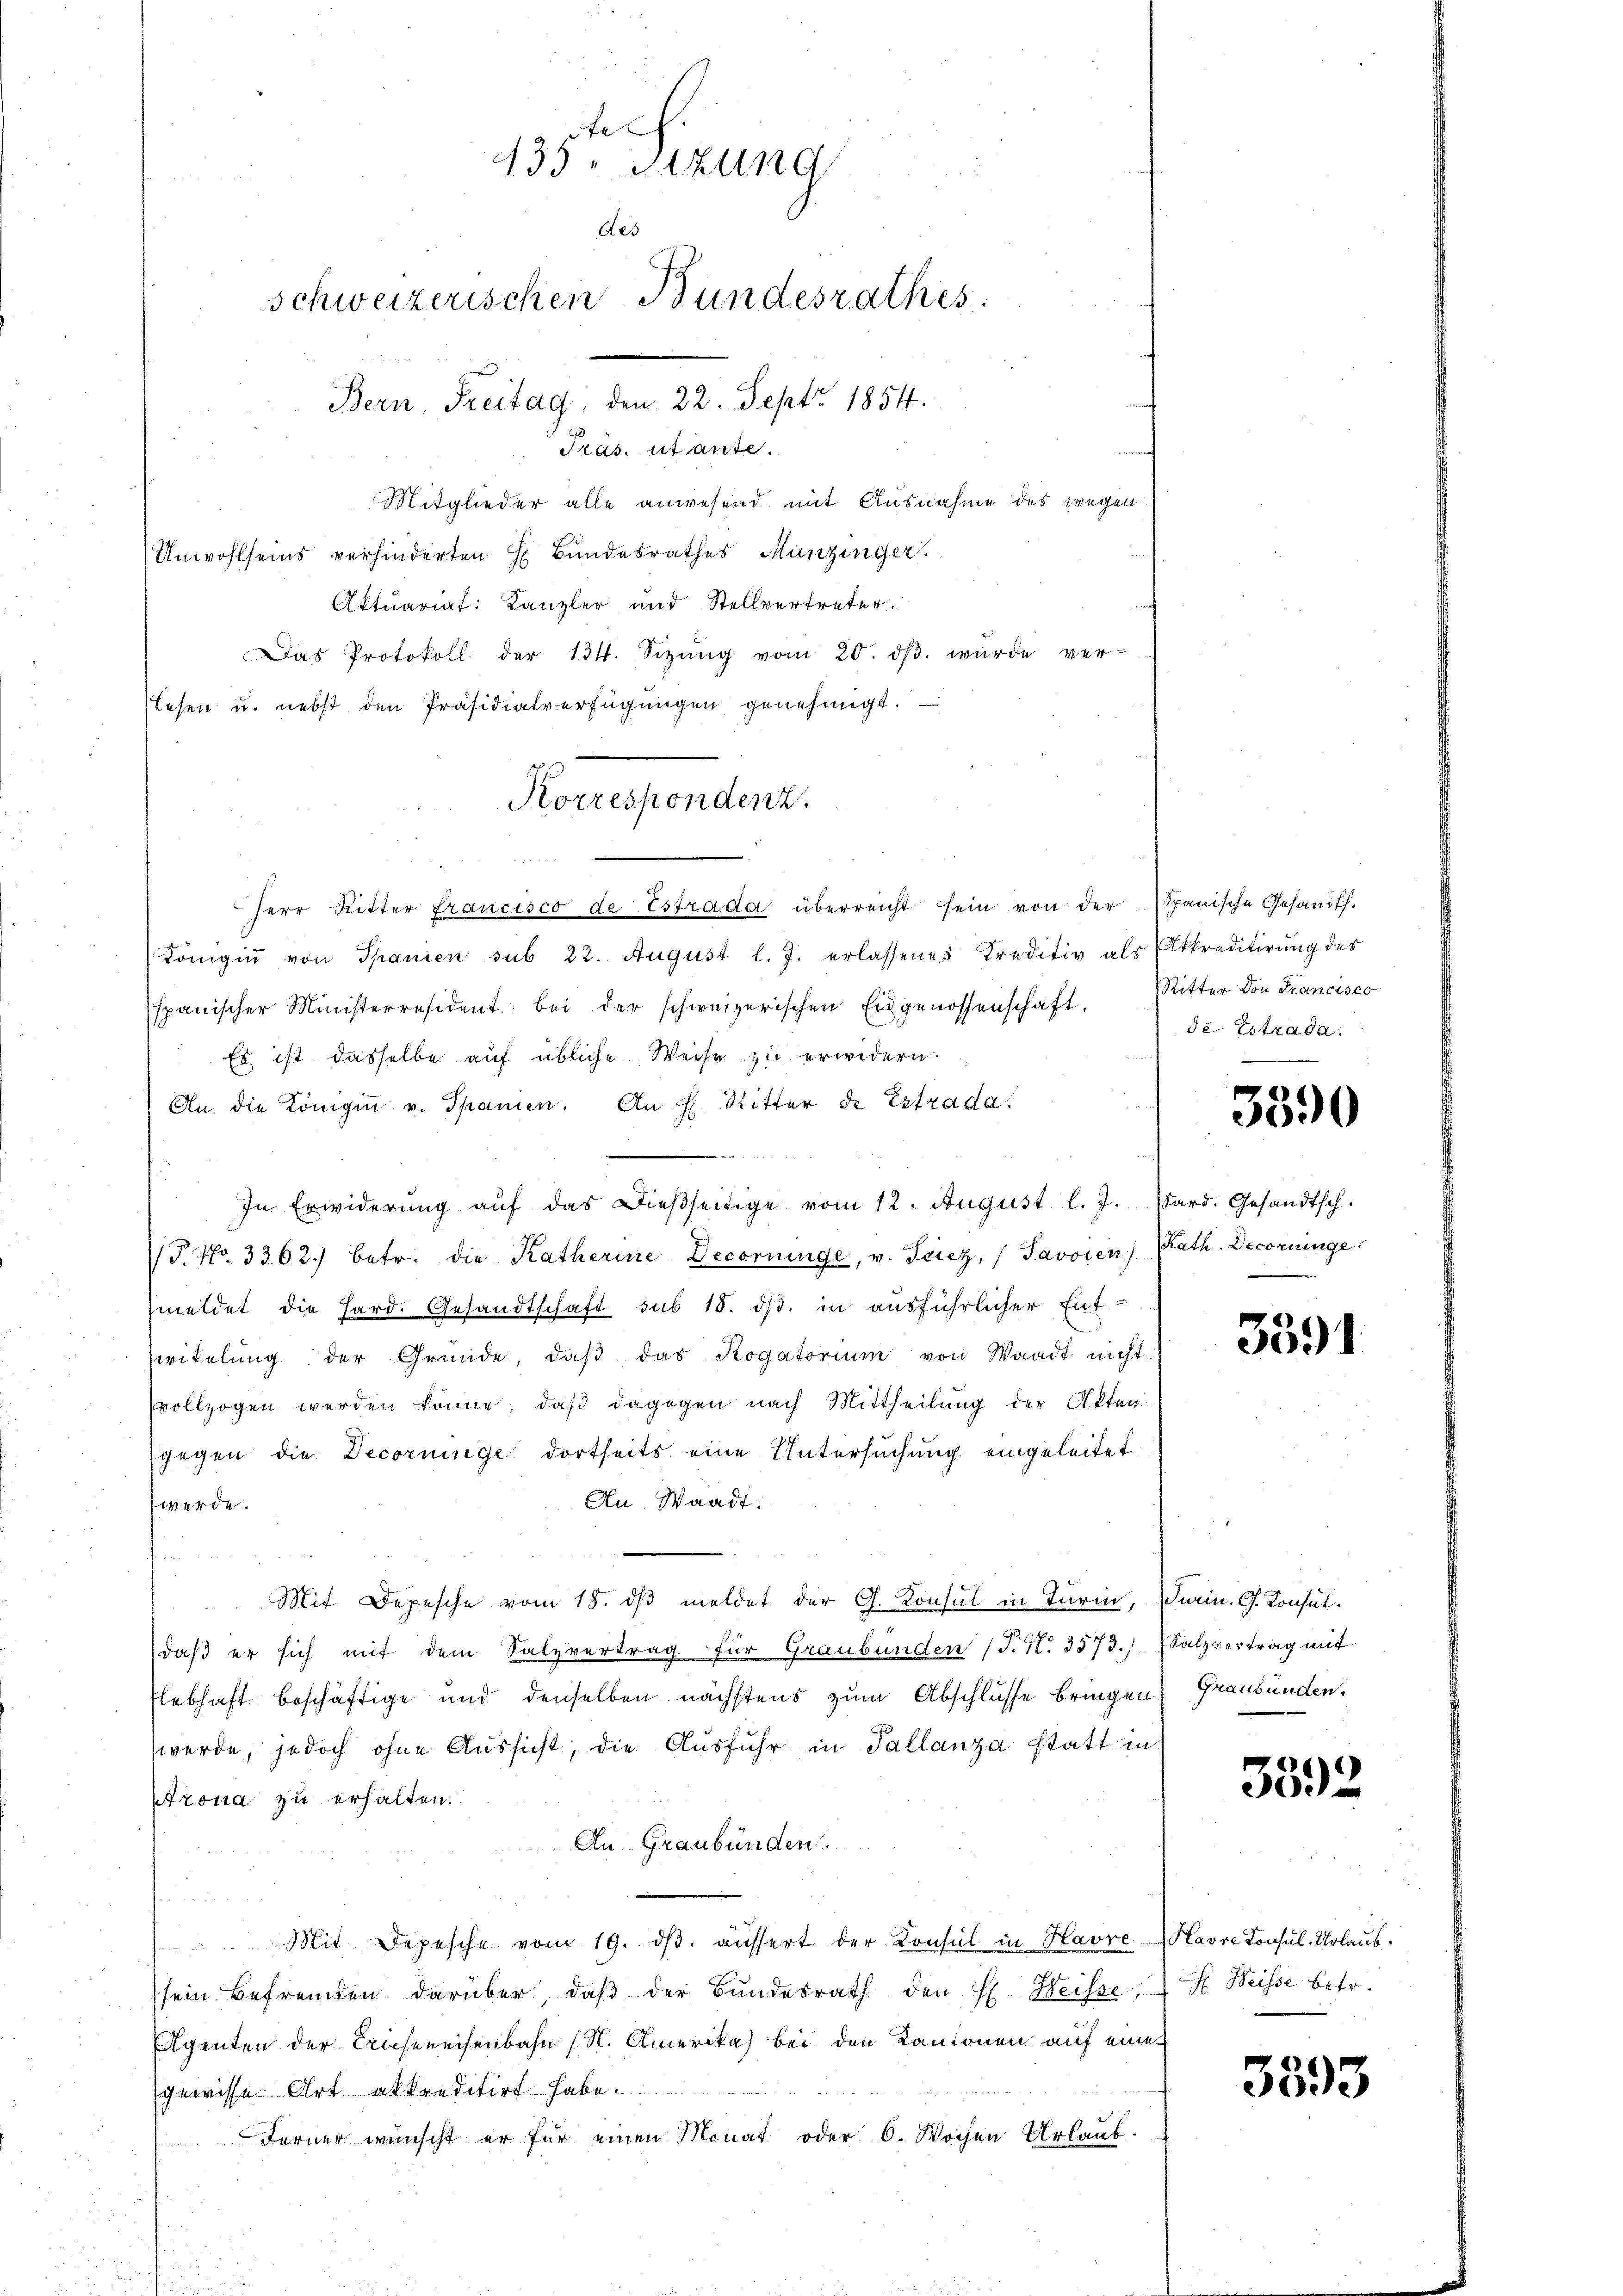
Mitglieder alle anwesend mit Ausnahme des wegen
Unwohlseins verhinderten H. Bundesrathes Munzinger.
Aktuariat: Kanzler und Stellvertreter.
Das Protokoll der 134. Sizŭng vom 20. dβ wŭrde ver-
lesen u. nebst den Präsidialverfügungen genehmigt.
herr Ritter francisco de Estrada überreicht sein von der Spanische Gesandth.
Königin von Spanien sub 22. August l. J. erlassenes Traditiv als Akkreditirung des
spanischer Ministerresident bei der schweizerischen Eidgenossenschaft. Mitter von Francisco
Es ist dasselbe auf übliche Weise zu erwidern.
An die Königin v. Spanien. An H. Ritter de Extrada
In Erwiderŭng aŭf das Dieβseitige vom 12. August l. J. Pard. Gesandtsch.
T. No. 3362) betr. die Katherine Decornunge, v. Sciez, Savoien) Kath. Decorninge
zmeldet die Hard. Gesandtschaft sub 15. ds. in ausführlicher Ent-
witelŭng der Gründe, daβ das Rogatorium von Waadt nicht
vollzogen werden könne, daß dagegen nach Mittheilung der Akten.
gegen die Decornige dortseits eine Untersuchung eingeleitet
An Waadt.
werde.
Mit Depesche vom 18. dβ meldet der G. Konsul in Turin, darin. G. Konsuldaß er sich mit dem Salzvertrag für Graubünden (T. N. 3573.) Salzvertrag mit
ebhaft beschäftige und denselben nächstens zum Abschlusse bringen Graubünden,
werde, jedoch ohne Aussicht, die Ausfuhr in Tallanza statt in
trona zu erhalten.
An Graubünden
Mit Depesche vom 19. dβ. äussert der Konsul in Havre Havre Konsul- Urlaubsein Befremden darüber, daβ der Bŭndesrath den H. Weisse, Weisse betr.
Agenten der Briefereisenbahn (N. Amerika) bei den Kantonen auf eine
gewisse Art abkreditirt habe
Ferner wünscht er für einen Monat oder 6. Wochen Urlaub-

135. Sizung
Aes
schweizerischen Bundesrathes
Bern, Freitag, den 22. Sept. 1854.

Tras. utante.

Korrespondenz.

de. Estrada.

3390

3591

3592

3593